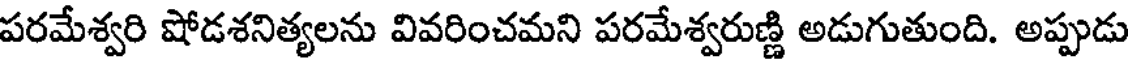
పరమేశ్వరి షోడశనిత్యలను వివరించమని పరమేశ్వరుణ్ణి అడుగుతుంది. అప్పుడు